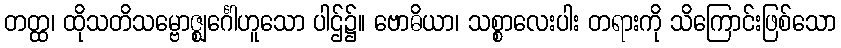
တတ္ထ၊ ထိုသတိသမ္ဗောဇ္ဈင်္ဂေါဟူသော ပါဌ်၌။ ဗောဓိယာ၊ သစ္စာလေးပါး တရားကို သိကြောင်းဖြစ်သော